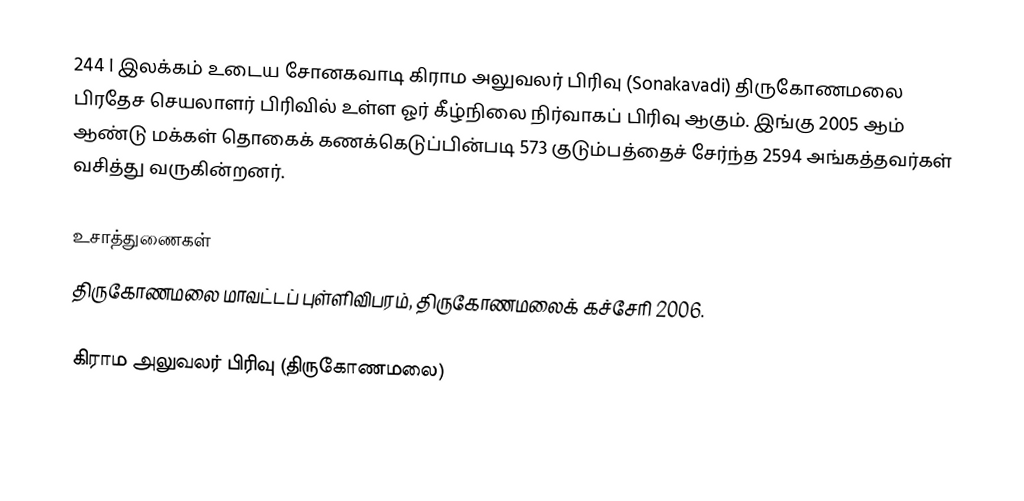
244 I இலக்கம்  உடைய சோனகவாடி கிராம அலுவலர் பிரிவு  (Sonakavadi) திருகோணமலை பிரதேச செயலாளர் பிரிவில் உள்ள ஓர் கீழ்நிலை நிர்வாகப் பிரிவு ஆகும். இங்கு 2005 ஆம் ஆண்டு மக்கள் தொகைக் கணக்கெடுப்பின்படி 573 குடும்பத்தைச் சேர்ந்த 2594 அங்கத்தவர்கள் வசித்து வருகின்றனர்.

உசாத்துணைகள்
திருகோணமலை மாவட்டப் புள்ளிவிபரம், திருகோணமலைக் கச்சேரி 2006.

கிராம அலுவலர் பிரிவு (திருகோணமலை)